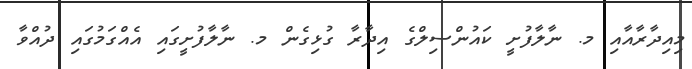
މިއިދާރާއާއި މ. ނާލާފުށީ ކައުންސިލްގެ އިދާރާ ގުޅިގެން މ. ނާލާފުށީގައި އެއްގަމުގައި ދުއްވާ